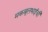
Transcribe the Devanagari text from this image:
मकबूलभाईंची